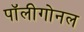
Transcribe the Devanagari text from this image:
पॉलीगोनल